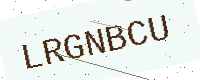
Text: LRGNBCU